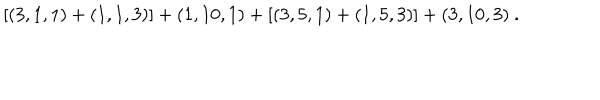
LaTeX: [ ( 3 , 1 , 1 ) + ( 1 , 1 , 3 ) ] + ( 1 , 1 0 , 1 ) + [ ( 3 , 5 , 1 ) + ( 1 , 5 , 3 ) ] + ( 3 , 1 0 , 3 ) \ .